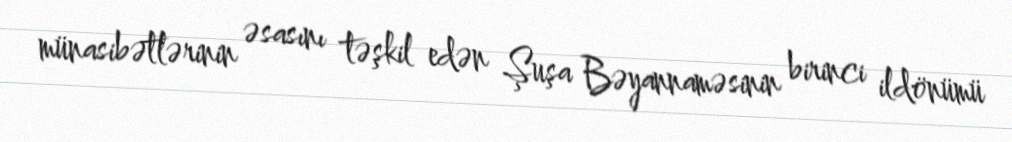
münasibətlərinin əsasını təşkil edən Şuşa Bəyannaməsinin birinci ildönümü